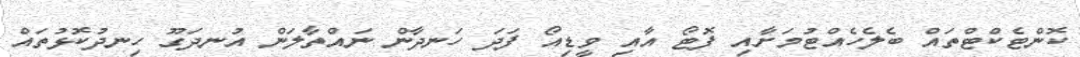
ކޮންޓެކްޓްތައް ބެލެހެއްޓުމަށާއި ފޮޓޯ އާއި ވީޑިއޯ ފަދަ ހަނދާން ނައްތާލަން އުނދަގޫ ހިނދުކޮޅުތައް